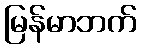
မြန်မာဘက်